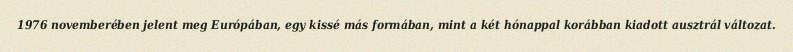
1976 novemberében jelent meg Európában, egy kissé más formában, mint a két hónappal korábban kiadott ausztrál változat.